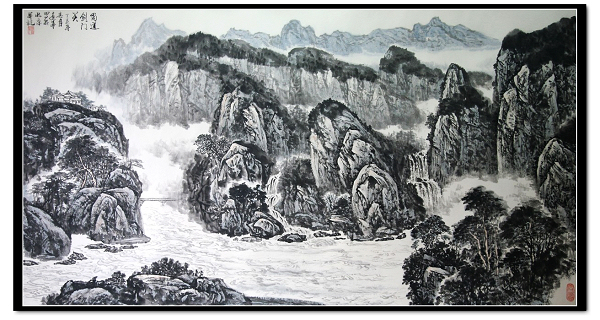
江头宫殿锁千门，细柳新蒲为谁绿？